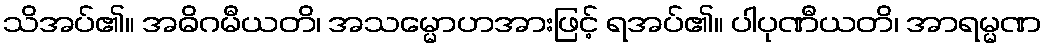
သိအပ်၏။ အဓိဂမီယတိ၊ အသမ္မောဟအားဖြင့် ရအပ်၏။ ပါပုဏီယတိ၊ အာရမ္မဏ